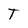
Character: T